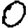
Digit: 0